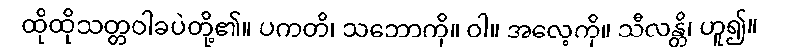
ထိုထိုသတ္တဝါခပဲတို့၏။ ပကတိ၊ သဘောကို။ ဝါ။ အလေ့ကို။ သီလန္တိ၊ ဟူ၍။